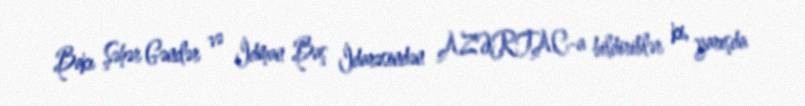
Bakı Şəhər Gənclər və İdman Baş İdarəsindən AZƏRTAC-a bildiriblər ki, yarışda